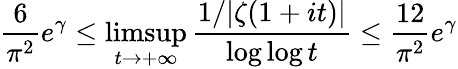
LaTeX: {\frac{6}{\pi^{2}}}e^{\gamma}\leq\operatorname*{limsup}_{t\rightarrow+\infty}{\frac{1/|\zeta(1+it)|}{\log\log t}}\leq{\frac{12}{\pi^{2}}}e^{\gamma}